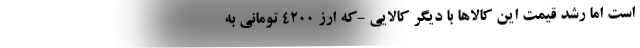
است اما رشد قیمت این کالاها با دیگر کالایی -که ارز ۴۲۰۰ تومانی به